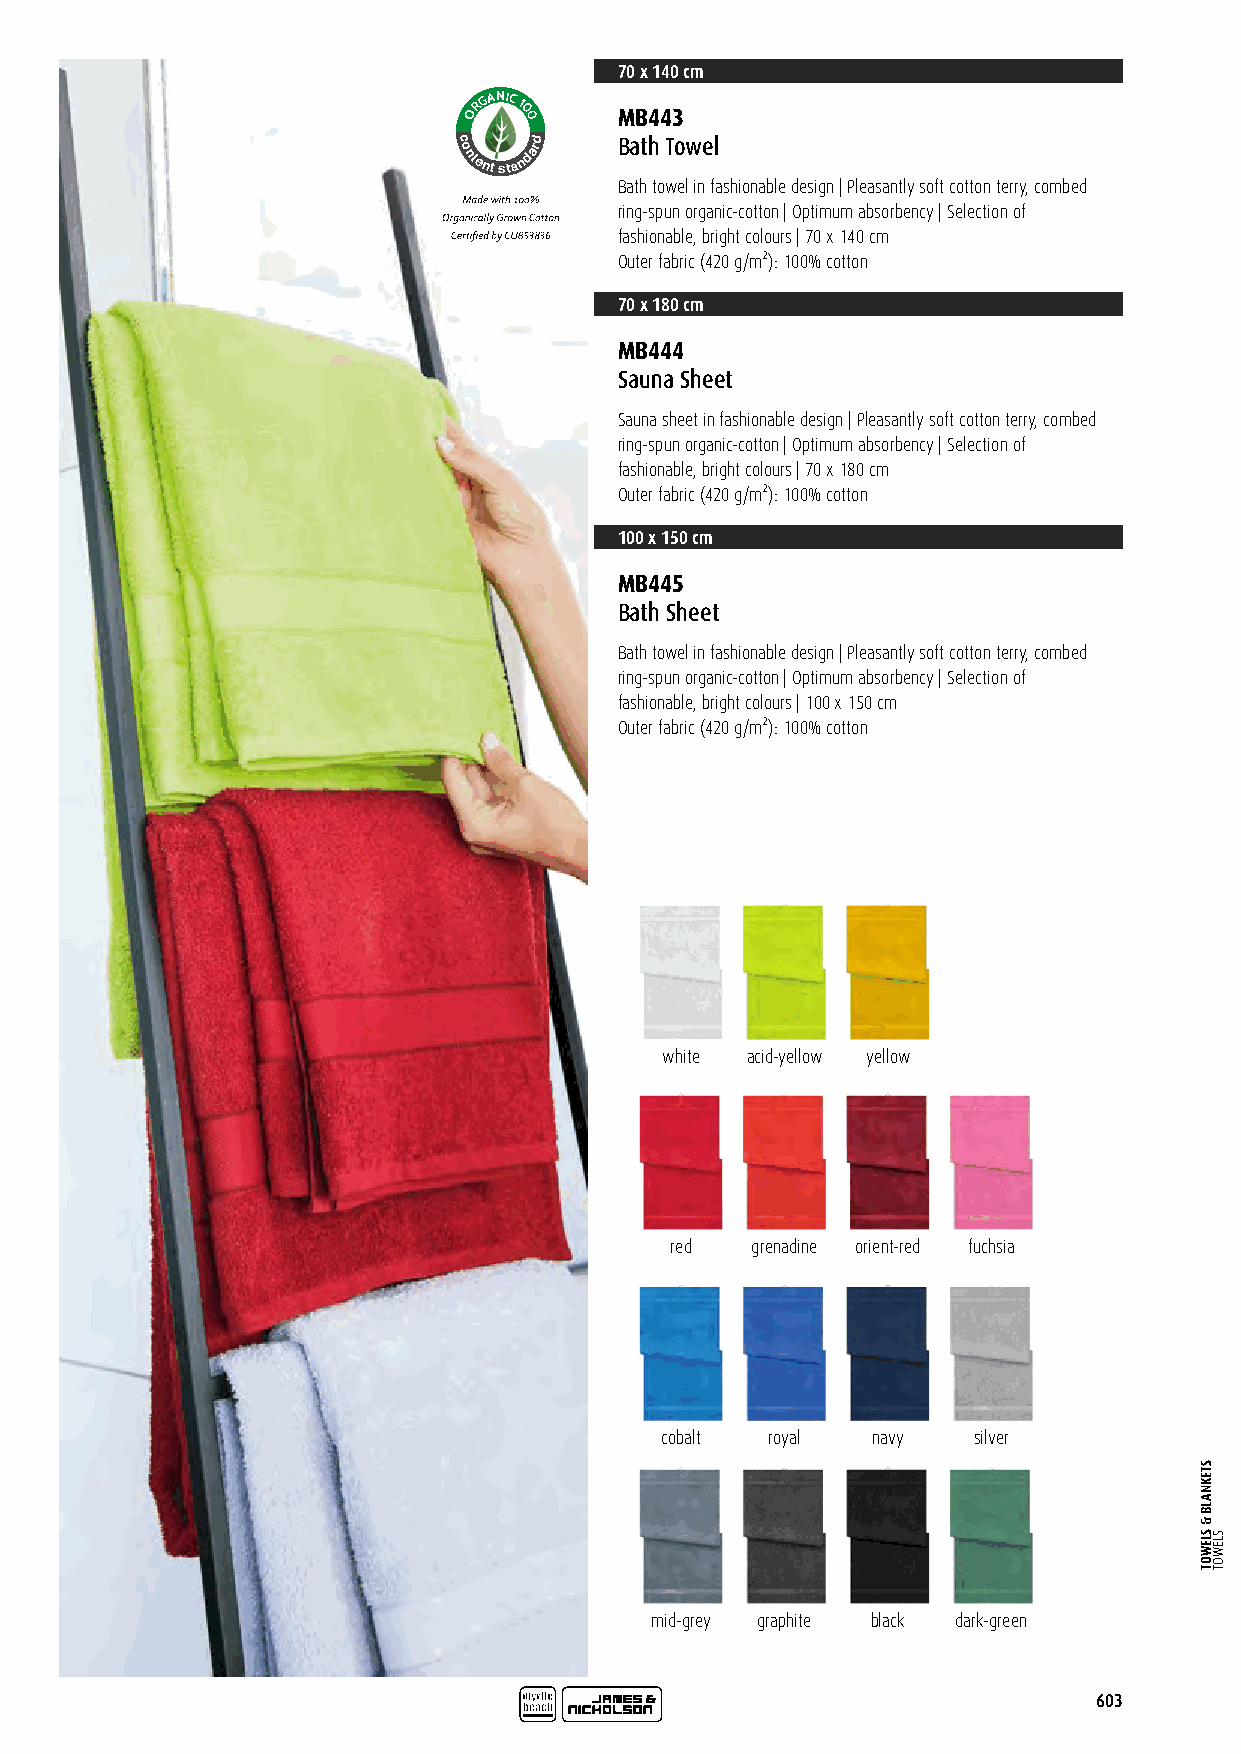
70 x 140 cm
 RGANIC
 1
 O  0 0    MB443
 c
 o
 ntent
 sta
 ndard Bath Towel
 Certified by CU 853836 Bath towel in fashionable design | Pleasantly soft cotton terry, combed
 ring-spun organic-cotton | Optimum absorbency | Selection of
 fashionable, bright colours | 70 x 140 cm
 Outer fabric (420 g/m²): 100% cotton
 70 x 180 cm
 MB444
 Sauna Sheet
 Sauna sheet in fashionable design | Pleasantly soft cotton terry, combed
 ring-spun organic-cotton | Optimum absorbency | Selection of
 fashionable, bright colours | 70 x 180 cm
 Outer fabric (420 g/m²): 100% cotton
 100 x 150 cm
 MB445
 Bath Sheet
 Bath towel in fashionable design | Pleasantly soft cotton terry, combed
 ring-spun organic-cotton | Optimum absorbency | Selection of
 fashionable, bright colours | 100 x 150 cm
 Outer fabric (420 g/m²): 100% cotton
 white acid-yellow yellow
 red   grenadine orient-red fuchsia
 cobalt royal  navy  silver
 mid-grey graphite black dark-green
 603
 STEKNALB
 &
 SLEWOT SLEWOT